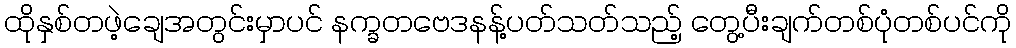
ထိုနှစ်တဖဲ့ချေအတွင်းမှာပင် နက္ခတဗေဒနန့်ပတ်သတ်သည့် တွေ့ပီးချက်တစ်ပုံတစ်ပင်ကို